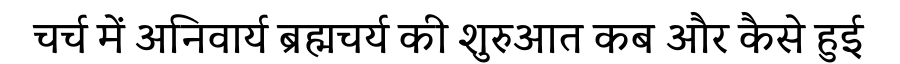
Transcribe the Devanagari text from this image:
चर्च में अनिवार्य ब्रह्मचर्य की शुरुआत कब और कैसे हुई